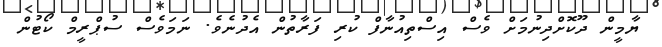
ޔާމީން ދޫކޮށްދިނުމަށް ވެސް އިސްތިއުނާފް ކުރި ފަރާތުން އެދުނެވެ. ނަމަވެސް ސުޕްރީމް ކޯޓުން